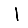
Digit: 1